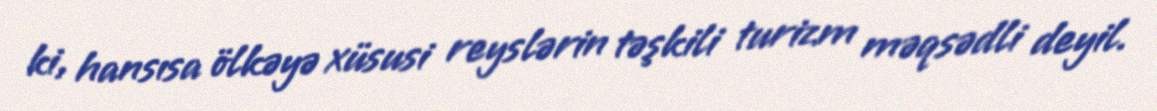
ki, hansısa ölkəyə xüsusi reyslərin təşkili turizm məqsədli deyil.